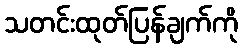
သတင်းထုတ်ပြန်ချက်ကို